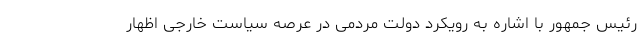
رئیس جمهور با اشاره به رویکرد دولت مردمی در عرصه سیاست خارجی اظهار